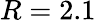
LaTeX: R=2.1